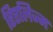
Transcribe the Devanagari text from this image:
रिएलिज्म